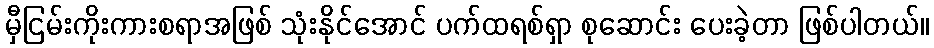
မှီငြမ်းကိုးကားစရာအဖြစ် သုံးနိုင်အောင် ပက်ထရစ်ရှာ စုဆောင်း ပေးခဲ့တာ ဖြစ်ပါတယ်။